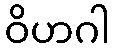
ဝိဟဂါ